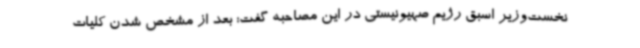
نخست‌وزیر اسبق رژیم صهیونیستی در این مصاحبه گفت: بعد از مشخص شدن کلیات